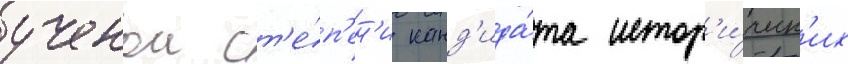
ученои ст'е́п'ен'и канд'ида́та истор'и́ческ'их